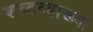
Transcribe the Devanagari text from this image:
शब्दव्याख्या